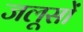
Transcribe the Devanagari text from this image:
जलूसों